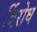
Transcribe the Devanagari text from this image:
र्विरोध